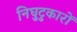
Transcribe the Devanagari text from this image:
निघुटुकारों